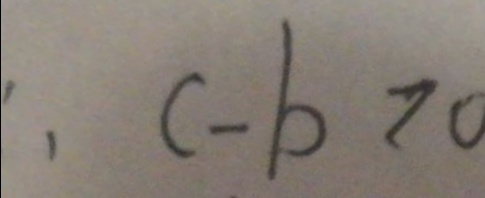
: c - b > 0